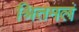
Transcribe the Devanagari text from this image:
श्रितमलं